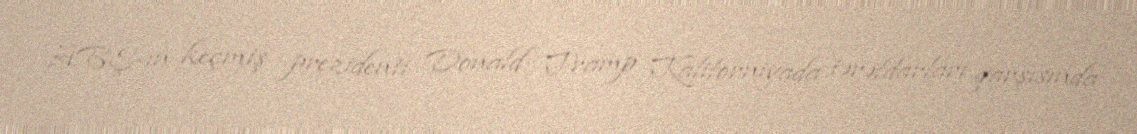
ABŞ-ın keçmiş prezidenti Donald Tramp Kaliforniyada tərəfdarları qarşısında